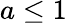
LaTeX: a\leq 1